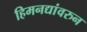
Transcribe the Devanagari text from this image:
हिमनद्यांवरुन